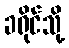
ခရိုင်သို့